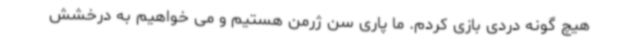
هیچ گونه دردی بازی کردم. ما پاری سن ژرمن هستیم و می خواهیم به درخشش